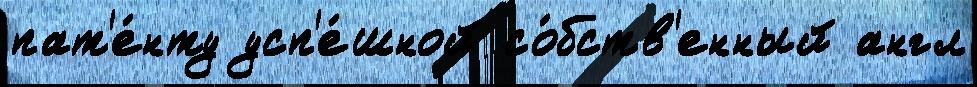
пат'е́нту усп'е́шной со́бств'енный англ